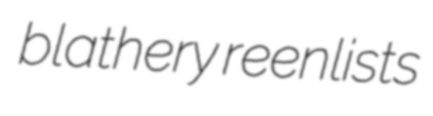
blathery reenlists